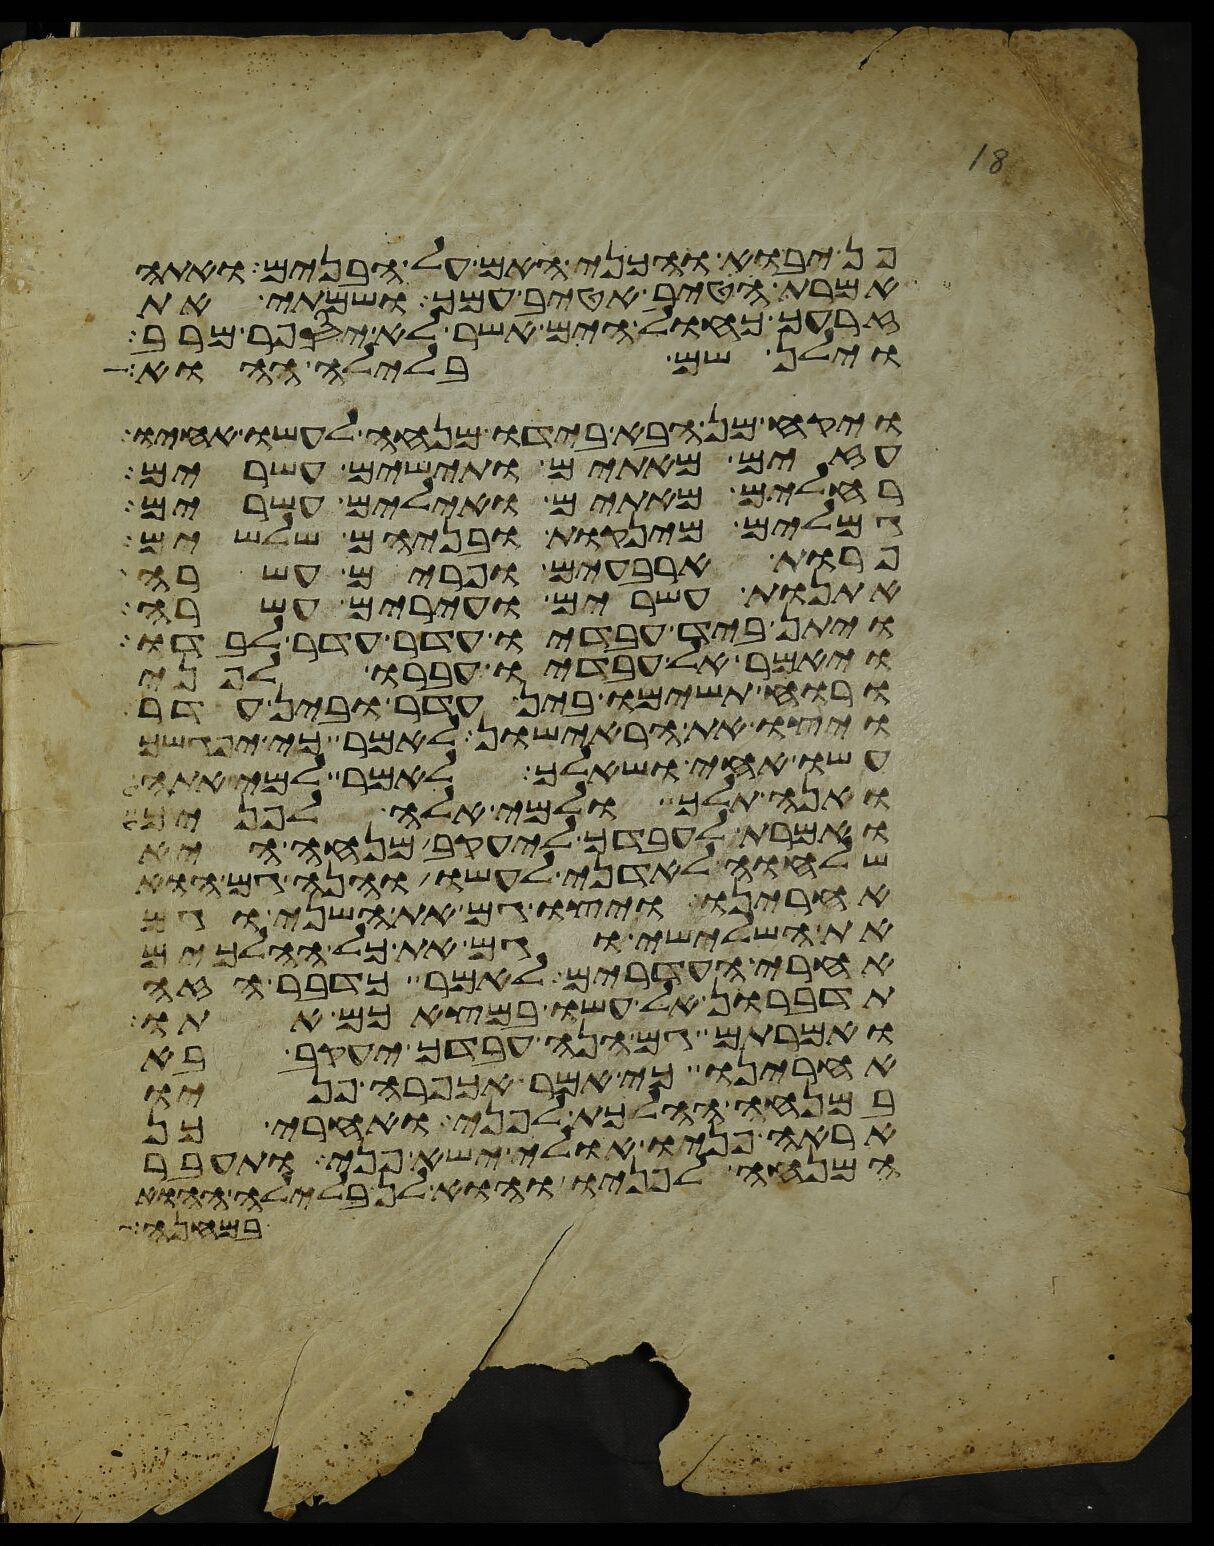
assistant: פן יבוא והכני האם על הבנים ואתה
אמרת הטיב אטיב עמך ושמתי את
זרעך כחול הים אשר לא יספר מרב
וילן שם בלילה ההוא
ויקח מן הבא בידו מנחה לעשו אחיו
עזים מאתים ותישים עשרים
רחלים מאתים ואילים עשרים
גמלים מינקות ובניהם שלשים
פרות ארבעים ופרים עשרה
אתנות עשרים ועירים עשרה
ויתן ביד עבדיו עדר עדר לבדו
ויאמר אל עבדיו עברו לפני
ורוח תשימו בין עדר ובין עדר
ויצו את הראישון לאמר כי יפגשך
עשו אחי ושאלך לאמר למי אתה
ואנה תלך ולמי אלה לפניך
ואמרת לעבדך ליעקב מנחה היא
שלוחה לאדני לעשו והנה גם הוא
אחרינו ויצו גם את השני וגם
את השלישי וגם את כל ההלכים
אחרי העדרים לאמר כדבר הזה
תדברון אל עשו במצאכם אתו
ואמרתם גם הנה עבדך יעקב בא
אחרינו כי אמר אכפרה פניו
במנחה ההלכת לפני ואחרי כן
אראה פניו אולי ישא פני ותעבר
המנחה על פניו והוא לן בלילה ההוא
במחנה